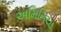
અમિનિયા